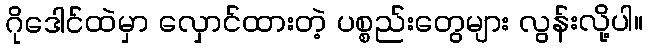
ဂိုဒေါင်ထဲမှာ လှောင်ထားတဲ့ ပစ္စည်းတွေများ လွန်းလို့ပါ။